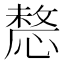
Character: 𢟤